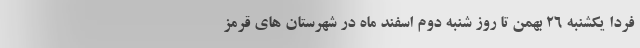
فردا یکشنبه ۲۶ بهمن تا روز شنبه دوم اسفند ماه در شهرستان های قرمز